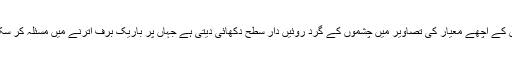
انسیلیڈس کے اچھے معیار کی تصاویر میں چشموں کے گرد روئیں دار سطح دکھائی دیتی ہے جہاں پر باریک برف اترنے میں مسئلہ کر سکتی ہے۔